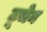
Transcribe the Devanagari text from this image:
टूचेन